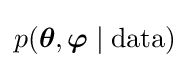
p({\boldsymbol {\theta }},{\boldsymbol {\varphi }}\mid {\text{data}})